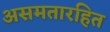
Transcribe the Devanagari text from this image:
असमतारहित